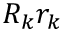
R _ { k } r _ { k }